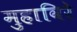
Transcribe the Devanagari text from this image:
मुहाविरे